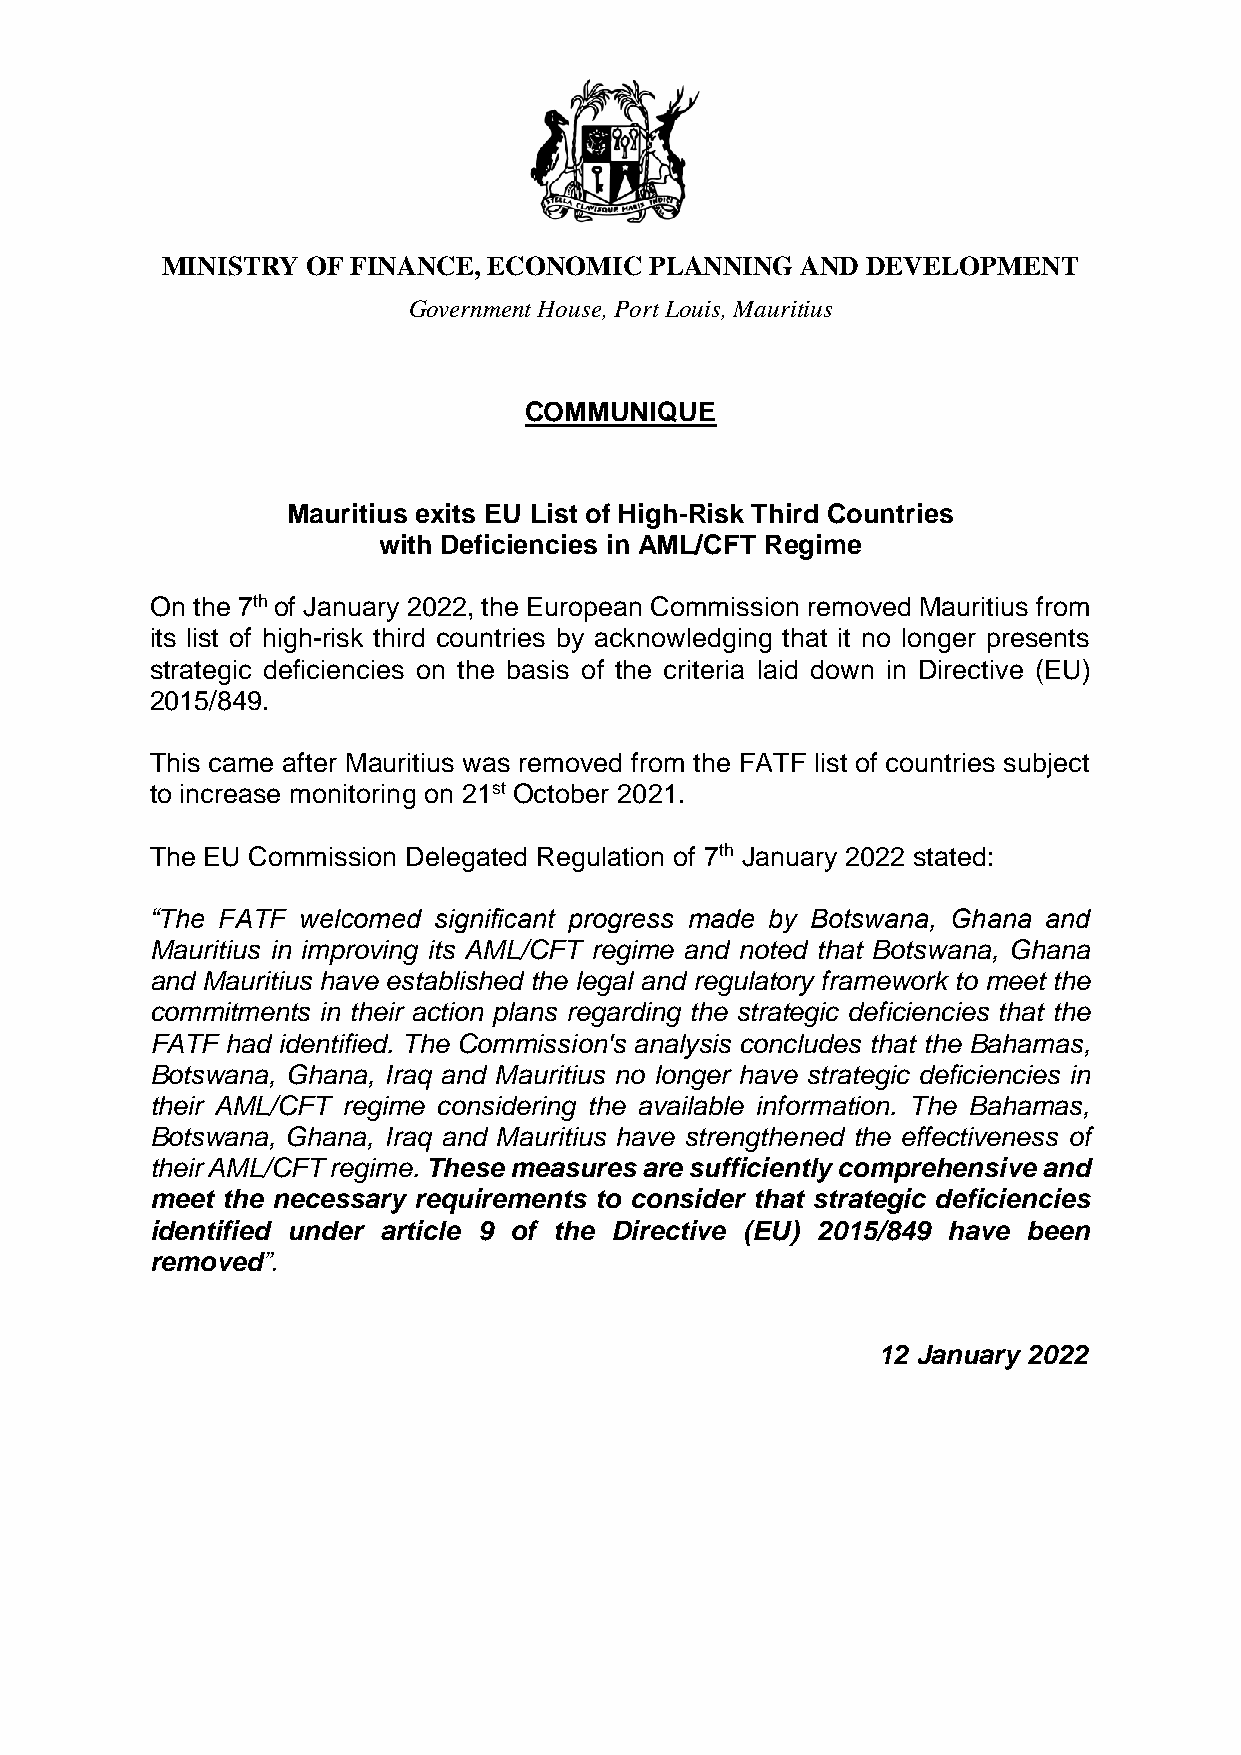
MINISTRY OF FINANCE, ECONOMIC   PLANNING  AND DEVELOPMENT
 Government House, Port Louis, Mauritius
 COMMUNIQUE
 Mauritius exits EU List of High-Risk Third Countries
 with Deficiencies in AML/CFT Regime
 On the 7th of January 2022, the European Commission removed Mauritius from
 its list of high-risk third countries by acknowledging that it no longer presents
 strategic deficiencies on the basis of the criteria laid down in Directive (EU)
 2015/849.
 This came after Mauritius was removed from the FATF list of countries subject
 to increase monitoring on 21st October 2021.
 The EU Commission Delegated Regulation of 7th January 2022 stated:
 “The FATF welcomed significant progress made by Botswana, Ghana and
 Mauritius in improving its AML/CFT regime and noted that Botswana, Ghana
 and Mauritius have established the legal and regulatory framework to meet the
 commitments in their action plans regarding the strategic deficiencies that the
 FATF had identified. The Commission's analysis concludes that the Bahamas,
 Botswana, Ghana, Iraq and Mauritius no longer have strategic deficiencies in
 their AML/CFT regime considering the available information. The Bahamas,
 Botswana, Ghana, Iraq and Mauritius have strengthened the effectiveness of
 their AML/CFT regime. These measures are sufficiently comprehensive and
 meet the necessary requirements to consider that strategic deficiencies
 identified under article 9 of the Directive (EU) 2015/849 have been
 removed”.
 12 January 2022